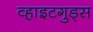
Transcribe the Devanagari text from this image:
व्हाइटगुड्स